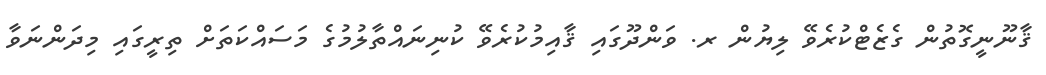
ޤާނޫނީގޮތުން ގެޒެޓްކުރެވޭ ލިޔުން ރ. ވަންދޫގައި ޤާއިމުކުރެވޭ ކުނިނައްތާލުމުގެ މަސައްކަތަށް ތިރީގައި މިދަންނަވާ